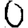
Digit: 0